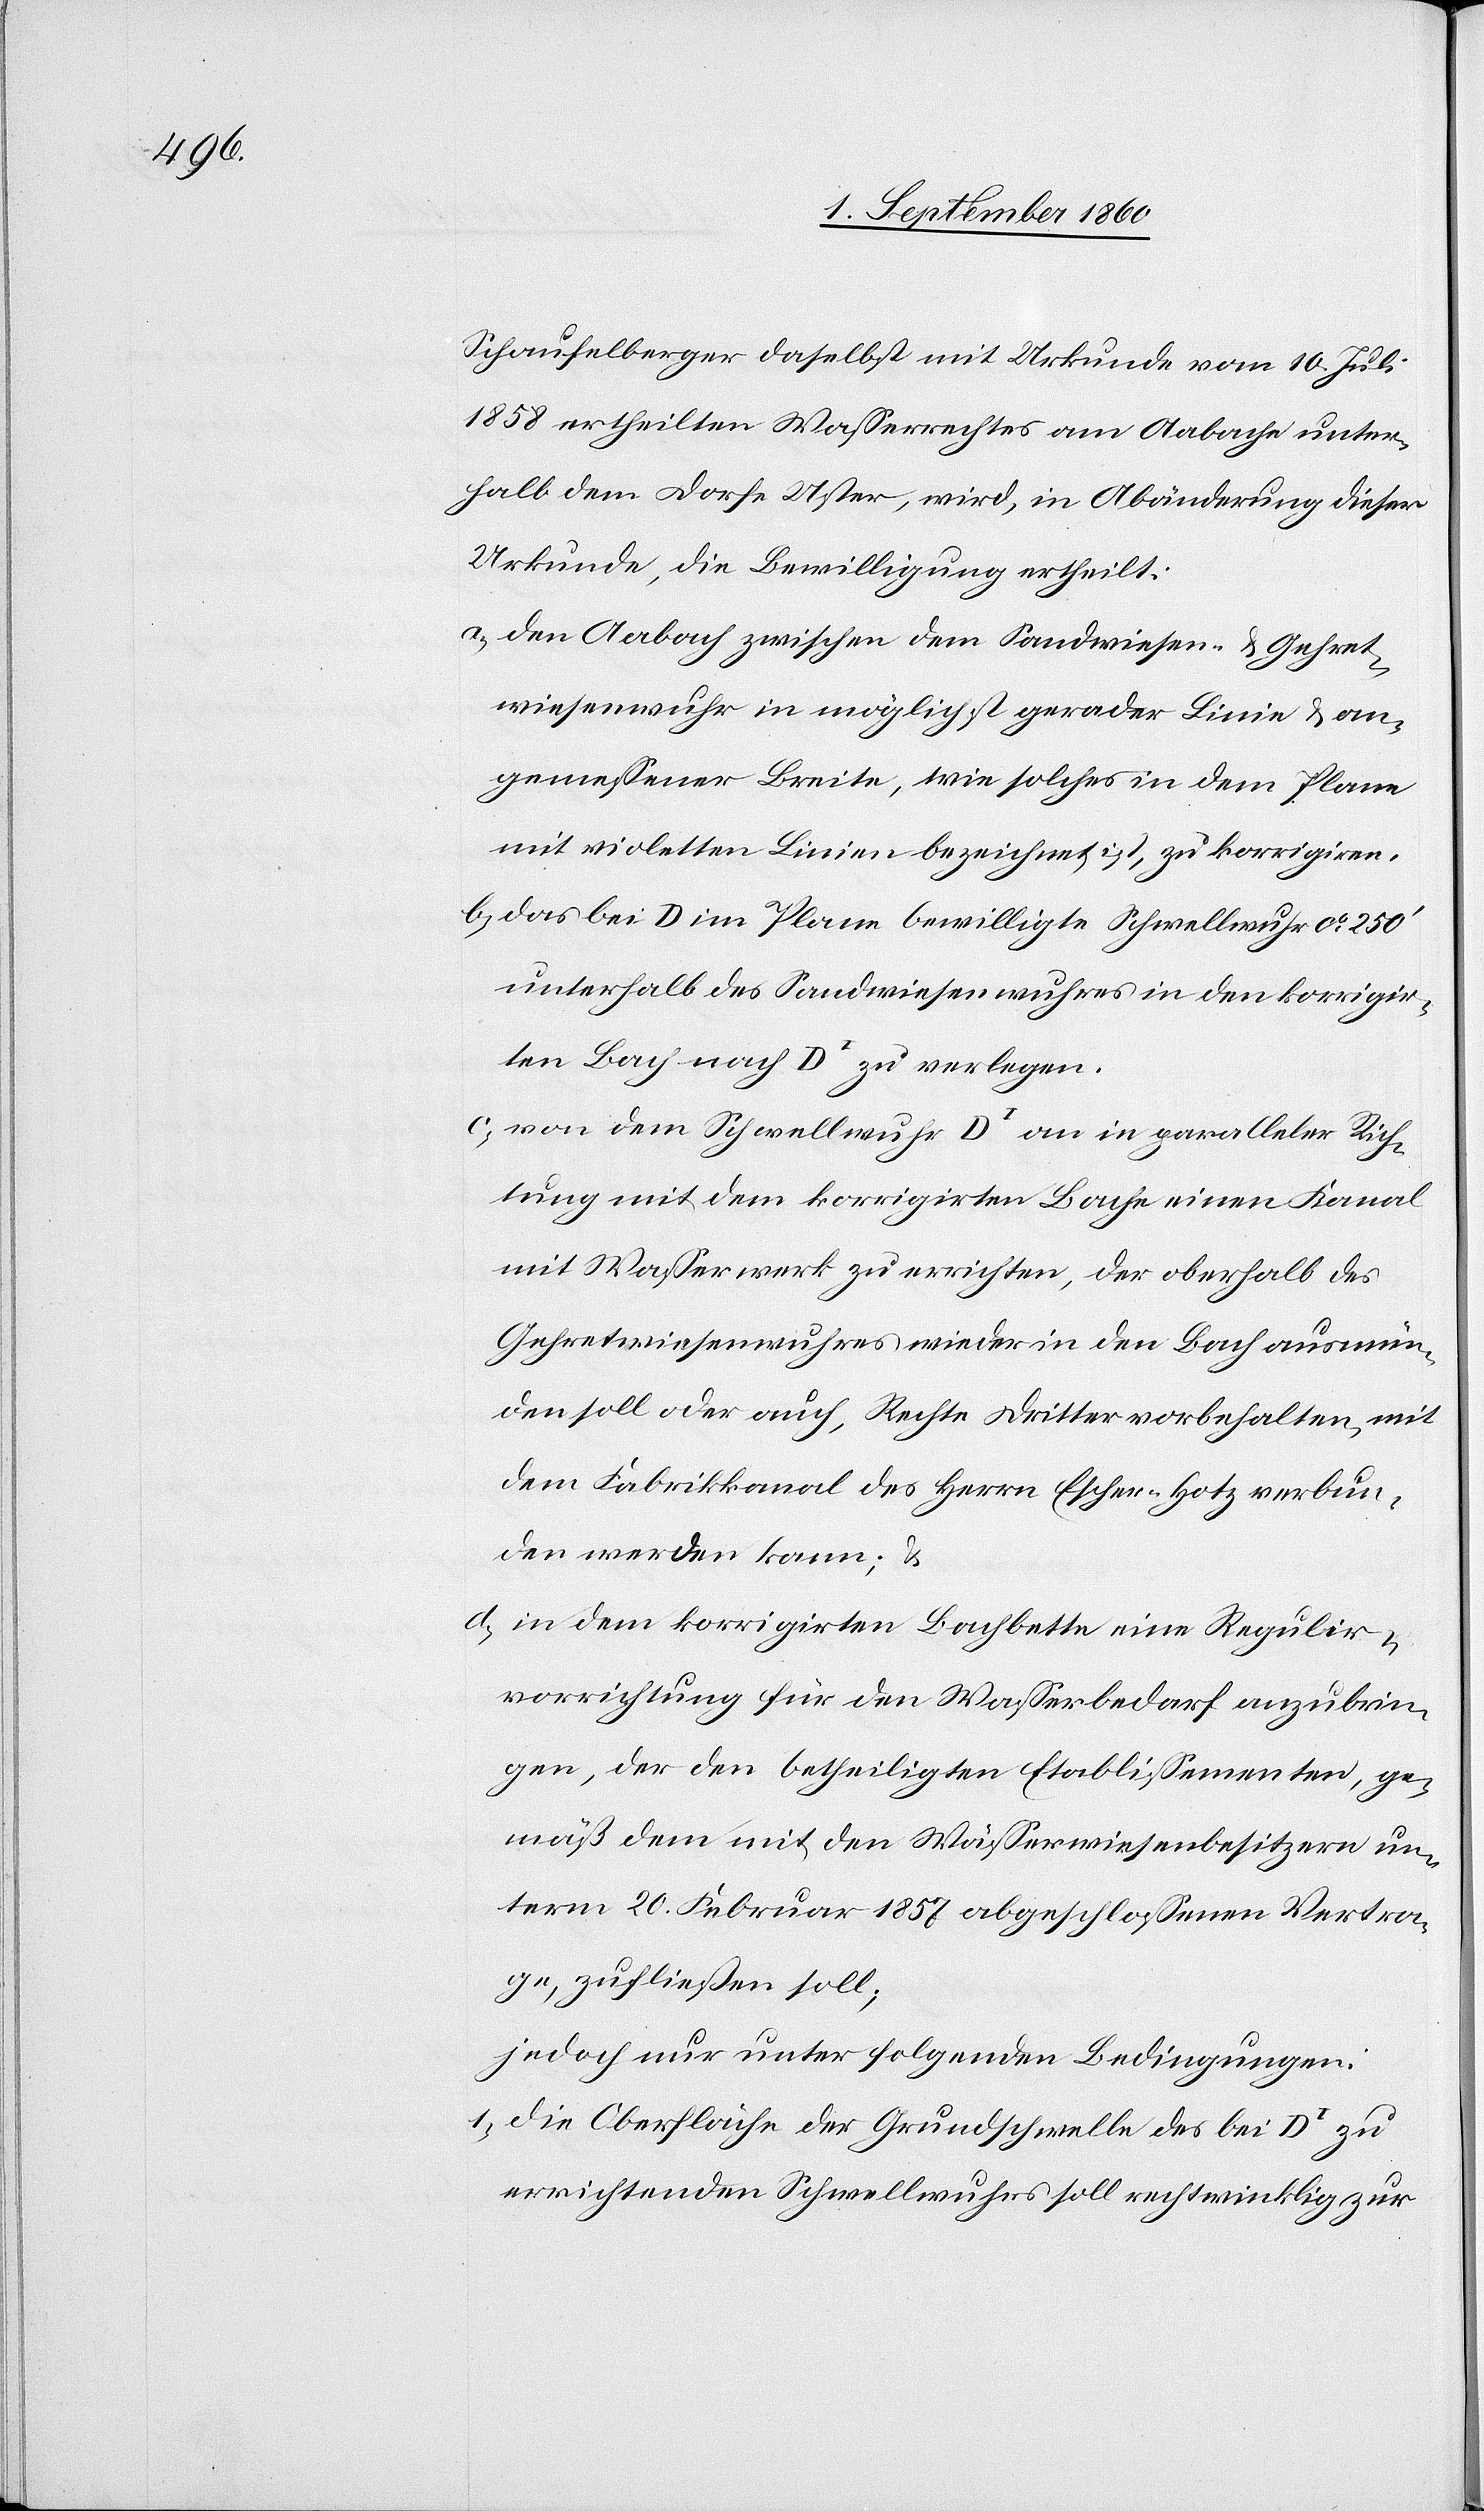
Schaufelberger daselbst mit Urkunde vom 10. Juli
1858 ertheilten Wasserrechtes am Aabache unter¬
halb dem Dorfe Uster, wird, in Abänderung dieser
Urkunde, die Bewilligung ertheilt,
a) den Aabach zwischen dem Sandwiesen- u. Gehret¬
wiesenwuhr in möglichst gerader Linie u. an¬
gemessener Breite, wie solches in dem Plane
mit violetten Linien bezeichnet ist, zu korrigiren.
b) das bei D im Plane bewilligte Schwellwuhr ca 250’
unterhalb des Sandwiesenwuhrs in den korrigir¬
ten Bach nach DI zu verlegen.
c) von dem Schwellwuhr DI an in paralleler Rich¬
tung mit dem korrigirten Bache einen Kanal
mit Wasserwerk zu errichten, der oberhalb des
Gehretwiesenwuhrs wieder in den Bach ausmün¬
den soll oder auch, Rechte Dritter vorbehalten, mit
dem Fabrikkanal des Hrn. Escher-Hotz verbun¬
den werden kann; u.
d) In dem korrigirten Bachbette eine Regulir¬
vorrichtung für den Wasserbedarf anzubrin¬
gen, der den betheiligten Etablissementen, ge¬
mäss dem mit den Wässerwiesenbesitzern un¬
term 20. Hornung 1857 abgeschlossenen Vertra¬
ge, zufliessen soll;
jedoch nur unter folgenden Bedingungen:
1) Die Oberfläche der Grundschwelle des bei DI zu
errichtenden Schwellwuhrs soll rechtwinklig zur